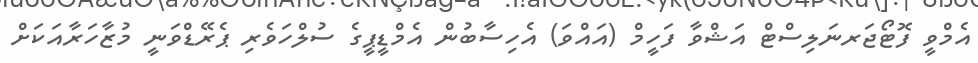
އެމްވީ ފޮޓޯޖަރނަލިސްޓް އަޝްވާ ފަހީމް (އައްވަ) އެހިސާބުން އެމްޑީޕީގެ ސުލްހަވެރި ޕެރޭޑްވަނީ މުޒާހަރާއަކަށް